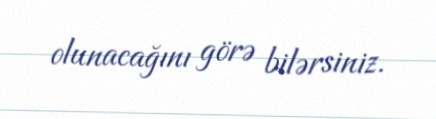
olunacağını görə bilərsiniz.